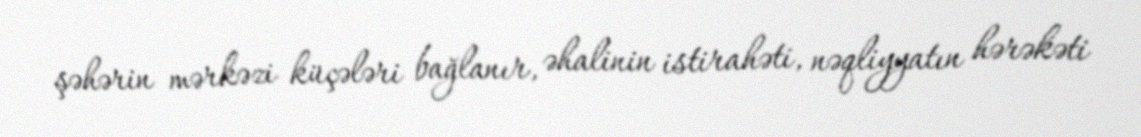
şəhərin mərkəzi küçələri bağlanır, əhalinin istirahəti, nəqliyyatın hərəkəti